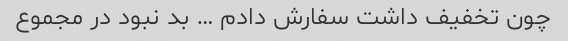
چون تخفیف داشت سفارش دادم … بد نبود در مجموع